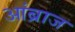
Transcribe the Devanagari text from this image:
आंब्राज